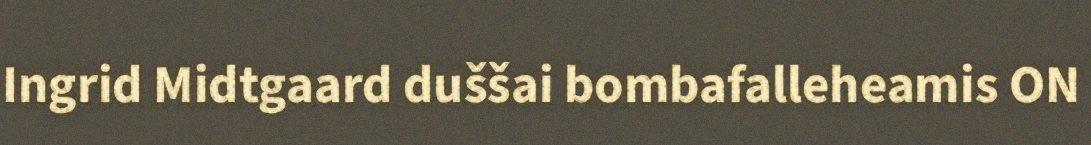
Ingrid Midtgaard duššai bombafalleheamis ON